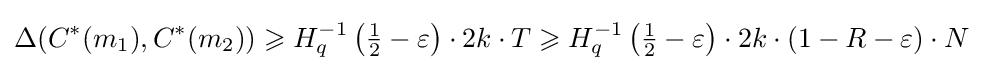
\Delta (C^{*}(m_{1}),C^{*}(m_{2}))\geqslant H_{q}^{-1}\left({\tfrac {1}{2}}-\varepsilon \right)\cdot 2k\cdot T\geqslant H_{q}^{-1}\left({\tfrac {1}{2}}-\varepsilon \right)\cdot 2k\cdot (1-R-\varepsilon )\cdot N